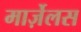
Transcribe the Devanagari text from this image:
मार्ज़ेलस